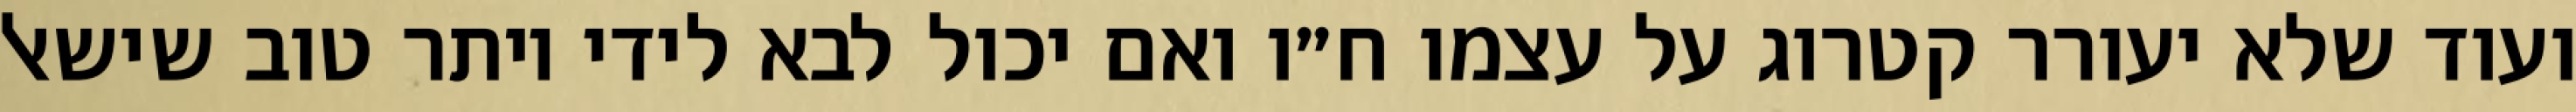
ועוד שלא יעורר קטרוג על עצמו ח״ו ואם יכול לבא לידי יותר טוב שישאל